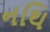
નથિ